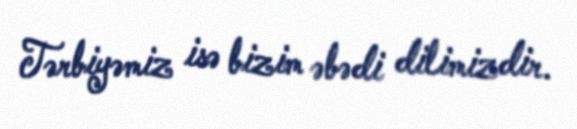
Tərbiyəmiz isə bizim əbədi dilimizdir.